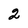
Character: 2